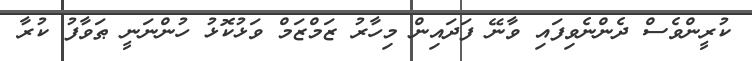
ކުރީންވެސް ދެންނެވިފައި ވާނޭ ފަދައިން މިހާރު ޒަމްޒަމް ވަޅުކޮޅު ހުންނަނީ ޠަވާފު ކުރާ